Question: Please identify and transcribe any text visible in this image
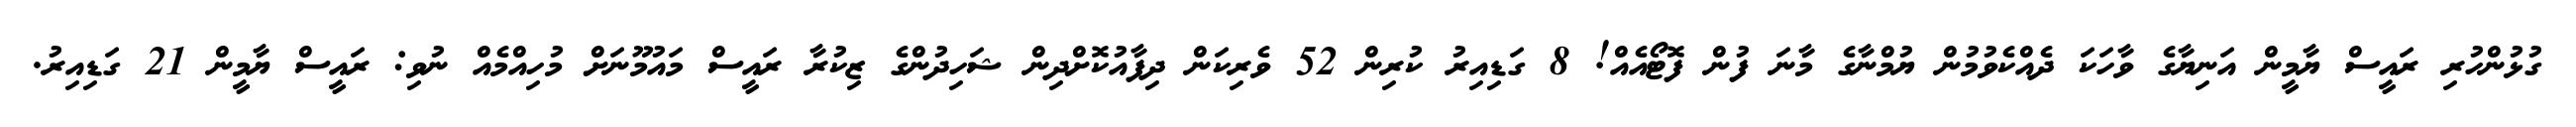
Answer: ގުޅުންހުރި ރައީސް ޔާމީން އަނިޔާގެ ވާހަކަ ދެއްކެވުމުން ޔުމްނާގެ މާނަ ފުން ފޮޓޯއެއް! 8 ގަޑިއިރު ކުރިން 52 ވެރިކަން ދިފާއުކޮށްދިން ޝަހިދުންގެ ޒިކުރާ ރައީސް މައުމޫނަށް މުހިއްމެއް ނުވި: ރައީސް ޔާމީން 21 ގަޑިއިރު.